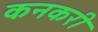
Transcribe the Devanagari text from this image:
कनकरी